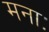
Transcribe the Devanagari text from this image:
मनाः